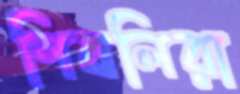
শিবলিরা